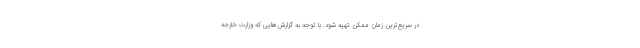
در سریع‌ترین زمان ممکن تهیه شود. با توجه به گزارش‌هایی که وزارت خارجه